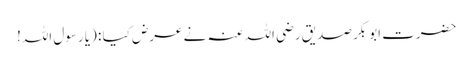
حضرت ابوبکر صدیق رضی اللہ عنہ نے عرض کیا : (یا رسول اللہ!